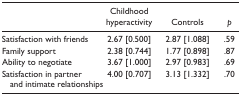
<table><thead><tr><td>[EMPTY_CELL]</td><td><b>Childhood hyperactivity</b></td><td><b>Controls</b></td><td><b><i>p</i></b></td></tr></thead><tbody><tr><td>Satisfaction with friends</td><td>2.67 [0.500]</td><td>2.87 [1.088]</td><td>.59</td></tr><tr><td>Family support</td><td>2.38 [0.744]</td><td>1.77 [0.898]</td><td>.87</td></tr><tr><td>Ability to negotiate</td><td>3.67 [1.000]</td><td>2.97 [0.983]</td><td>.69</td></tr><tr><td>Satisfaction in partner and intimate relationships</td><td>4.00 [0.707]</td><td>3.13 [1.332]</td><td>.70</td></tr></tbody></table>